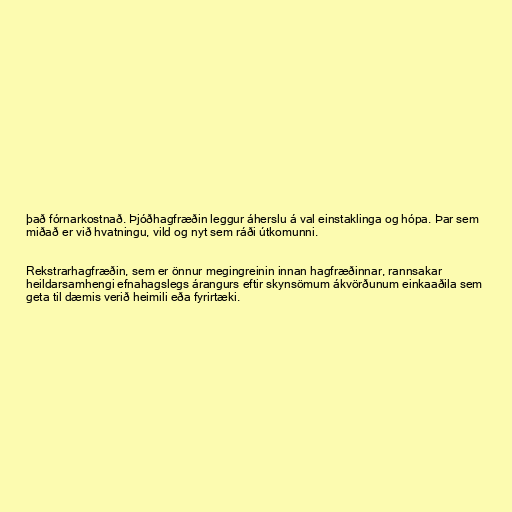
það fórnarkostnað. Þjóðhagfræðin leggur áherslu á val einstaklinga og hópa. Þar sem
miðað er við hvatningu, vild og nyt sem ráði útkomunni.

Rekstrarhagfræðin, sem er önnur megingreinin innan hagfræðinnar, rannsakar
heildarsamhengi efnahagslegs árangurs eftir skynsömum ákvörðunum einkaaðila sem
geta til dæmis verið heimili eða fyrirtæki.